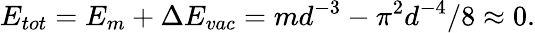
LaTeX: E_{tot}=E_{m}+\Delta E_{vac}=md^{-3}-\pi^{2}d^{-4}/8\approx 0.